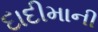
દાદીમાની